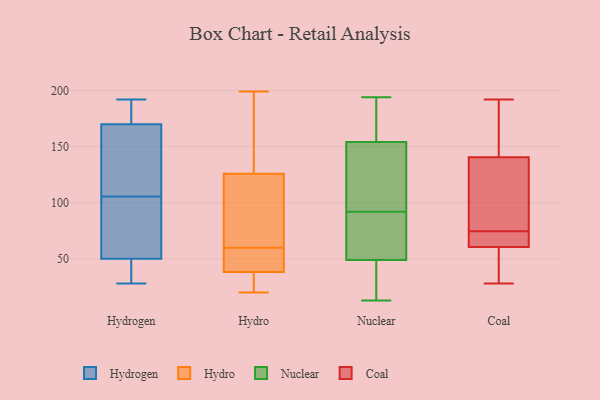
{"axis": {"x": "Waste Production (Tons)", "y": "Value"}, "legend": ["Coal", "Hydro", "Hydrogen", "Nuclear"], "data": [{"x": "", "y": 68, "type": "Hydrogen"}, {"x": "", "y": 132, "type": "Hydrogen"}, {"x": "", "y": 107, "type": "Hydrogen"}, {"x": "", "y": 37, "type": "Hydrogen"}, {"x": "", "y": 180, "type": "Hydrogen"}, {"x": "", "y": 170, "type": "Hydrogen"}, {"x": "", "y": 192, "type": "Hydrogen"}, {"x": "", "y": 116, "type": "Hydrogen"}, {"x": "", "y": 50, "type": "Hydrogen"}, {"x": "", "y": 183, "type": "Hydrogen"}, {"x": "", "y": 76, "type": "Hydrogen"}, {"x": "", "y": 104, "type": "Hydrogen"}, {"x": "", "y": 30, "type": "Hydrogen"}, {"x": "", "y": 28, "type": "Hydrogen"}, {"x": "", "y": 60, "type": "Hydro"}, {"x": "", "y": 199, "type": "Hydro"}, {"x": "", "y": 29, "type": "Hydro"}, {"x": "", "y": 20, "type": "Hydro"}, {"x": "", "y": 59, "type": "Hydro"}, {"x": "", "y": 63, "type": "Hydro"}, {"x": "", "y": 57, "type": "Hydro"}, {"x": "", "y": 117, "type": "Hydro"}, {"x": "", "y": 112, "type": "Hydro"}, {"x": "", "y": 155, "type": "Hydro"}, {"x": "", "y": 40, "type": "Hydro"}, {"x": "", "y": 152, "type": "Hydro"}, {"x": "", "y": 33, "type": "Hydro"}, {"x": "", "y": 22, "type": "Nuclear"}, {"x": "", "y": 58, "type": "Nuclear"}, {"x": "", "y": 194, "type": "Nuclear"}, {"x": "", "y": 22, "type": "Nuclear"}, {"x": "", "y": 87, "type": "Nuclear"}, {"x": "", "y": 154, "type": "Nuclear"}, {"x": "", "y": 97, "type": "Nuclear"}, {"x": "", "y": 31, "type": "Nuclear"}, {"x": "", "y": 133, "type": "Nuclear"}, {"x": "", "y": 60, "type": "Nuclear"}, {"x": "", "y": 46, "type": "Nuclear"}, {"x": "", "y": 52, "type": "Nuclear"}, {"x": "", "y": 79, "type": "Nuclear"}, {"x": "", "y": 183, "type": "Nuclear"}, {"x": "", "y": 111, "type": "Nuclear"}, {"x": "", "y": 170, "type": "Nuclear"}, {"x": "", "y": 190, "type": "Nuclear"}, {"x": "", "y": 154, "type": "Nuclear"}, {"x": "", "y": 13, "type": "Nuclear"}, {"x": "", "y": 108, "type": "Nuclear"}, {"x": "", "y": 148, "type": "Coal"}, {"x": "", "y": 85, "type": "Coal"}, {"x": "", "y": 63, "type": "Coal"}, {"x": "", "y": 192, "type": "Coal"}, {"x": "", "y": 64, "type": "Coal"}, {"x": "", "y": 118, "type": "Coal"}, {"x": "", "y": 28, "type": "Coal"}, {"x": "", "y": 133, "type": "Coal"}, {"x": "", "y": 184, "type": "Coal"}, {"x": "", "y": 61, "type": "Coal"}, {"x": "", "y": 53, "type": "Coal"}, {"x": "", "y": 60, "type": "Coal"}]}